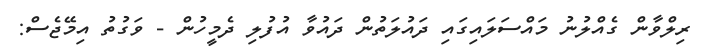
ރިލްވާން ގެއްލުނު މައްސަލައިގައި ދައުލަތުން ދައުވާ އުފުލި ދެމީހުން - ވަގުތު އިމޭޖެސް: